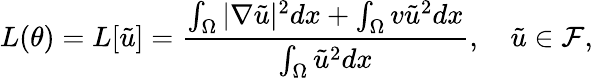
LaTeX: L(\theta)=L[\tilde{u}]=\frac{\int_{\Omega}|\nabla\tilde{u}|^{2}dx+\int_{\Omega}v\tilde{u}^{2}dx}{\int_{\Omega}\tilde{u}^{2}dx},\quad\tilde{u}\in\mathcal{F},